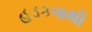
હડકવાથી